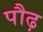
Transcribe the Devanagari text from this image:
पौढ़